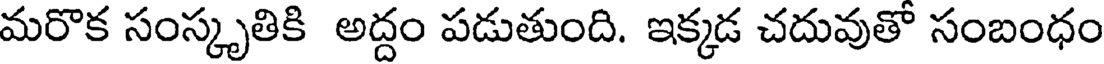
మరొక సంస్కృతికి అద్దం పడుతుంది. ఇక్కడ చదువుతో సంబంధం